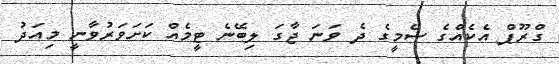
ގްރޫޕް އެކެއްގެ ސެމީގެ ދެ ވަނަ ޖާގަ ލިބޭނެ ޓީމެއް ކަށަވަރުވާނީ މިއަދު